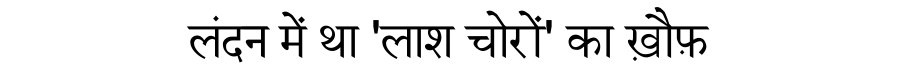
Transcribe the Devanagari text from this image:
लंदन में था 'लाश चोरों' का ख़ौफ़